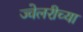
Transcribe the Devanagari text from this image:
ज्वेलरीच्या